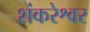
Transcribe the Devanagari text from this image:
शंकरेश्वर